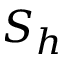
S _ { h }